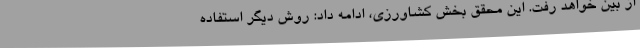
از بین خواهد رفت. این محقق بخش کشاورزی، ادامه داد: روش دیگر استفاده